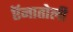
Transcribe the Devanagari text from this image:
ऍनातोली